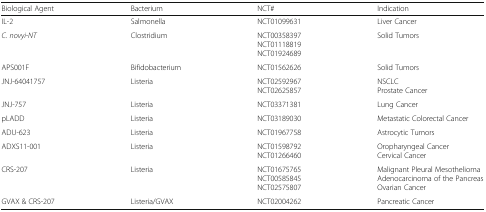
<table><thead><tr><td><b>Biological Agent</b></td><td><b>Bacterium</b></td><td><b>NCT#</b></td><td><b>Indication</b></td></tr></thead><tbody><tr><td>IL-2</td><td>Salmonella</td><td>NCT01099631</td><td>Liver Cancer</td></tr><tr><td><i>C. novyi-NT</i></td><td>Clostridium</td><td>NCT00358397NCT01118819NCT01924689</td><td>Solid Tumors</td></tr><tr><td>APS001F</td><td>Bifidobacterium</td><td>NCT01562626</td><td>Solid Tumors</td></tr><tr><td>JNJ-64041757</td><td>Listeria</td><td>NCT02592967NCT02625857</td><td>NSCLCProstate Cancer</td></tr><tr><td>JNJ-757</td><td>Listeria</td><td>NCT03371381</td><td>Lung Cancer</td></tr><tr><td>pLADD</td><td>Listeria</td><td>NCT03189030</td><td>Metastatic Colorectal Cancer</td></tr><tr><td>ADU-623</td><td>Listeria</td><td>NCT01967758</td><td>Astrocytic Tumors</td></tr><tr><td>ADXS11-001</td><td>Listeria</td><td>NCT01598792NCT01266460</td><td>Oropharyngeal CancerCervical Cancer</td></tr><tr><td>CRS-207</td><td>Listeria</td><td>NCT01675765NCT00585845NCT02575807</td><td>Malignant Pleural MesotheliomaAdenocarcinoma of the PancreasOvarian Cancer</td></tr><tr><td>GVAX &amp; CRS-207</td><td>Listeria/GVAX</td><td>NCT02004262</td><td>Pancreatic Cancer</td></tr></tbody></table>